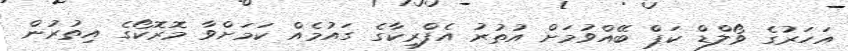
އަހަރުގެ ވޯލްޑް ކަޕް ބޭއްވުމަށް އުތުރު އެފްރިކާގެ ގައުމެއް ކަމަށްވާ މޮރޮކޯގެ އިތުރުން